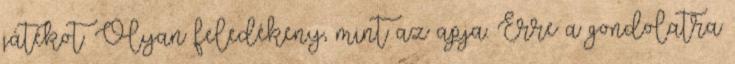
játékot. Olyan feledékeny, mint az apja. Erre a gondolatra